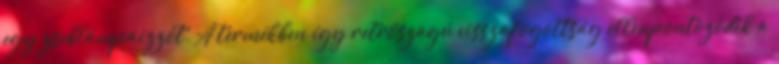
egy zseblámpaizzót. A termékben így retrószagú visszafogottság ellenpontozódik a